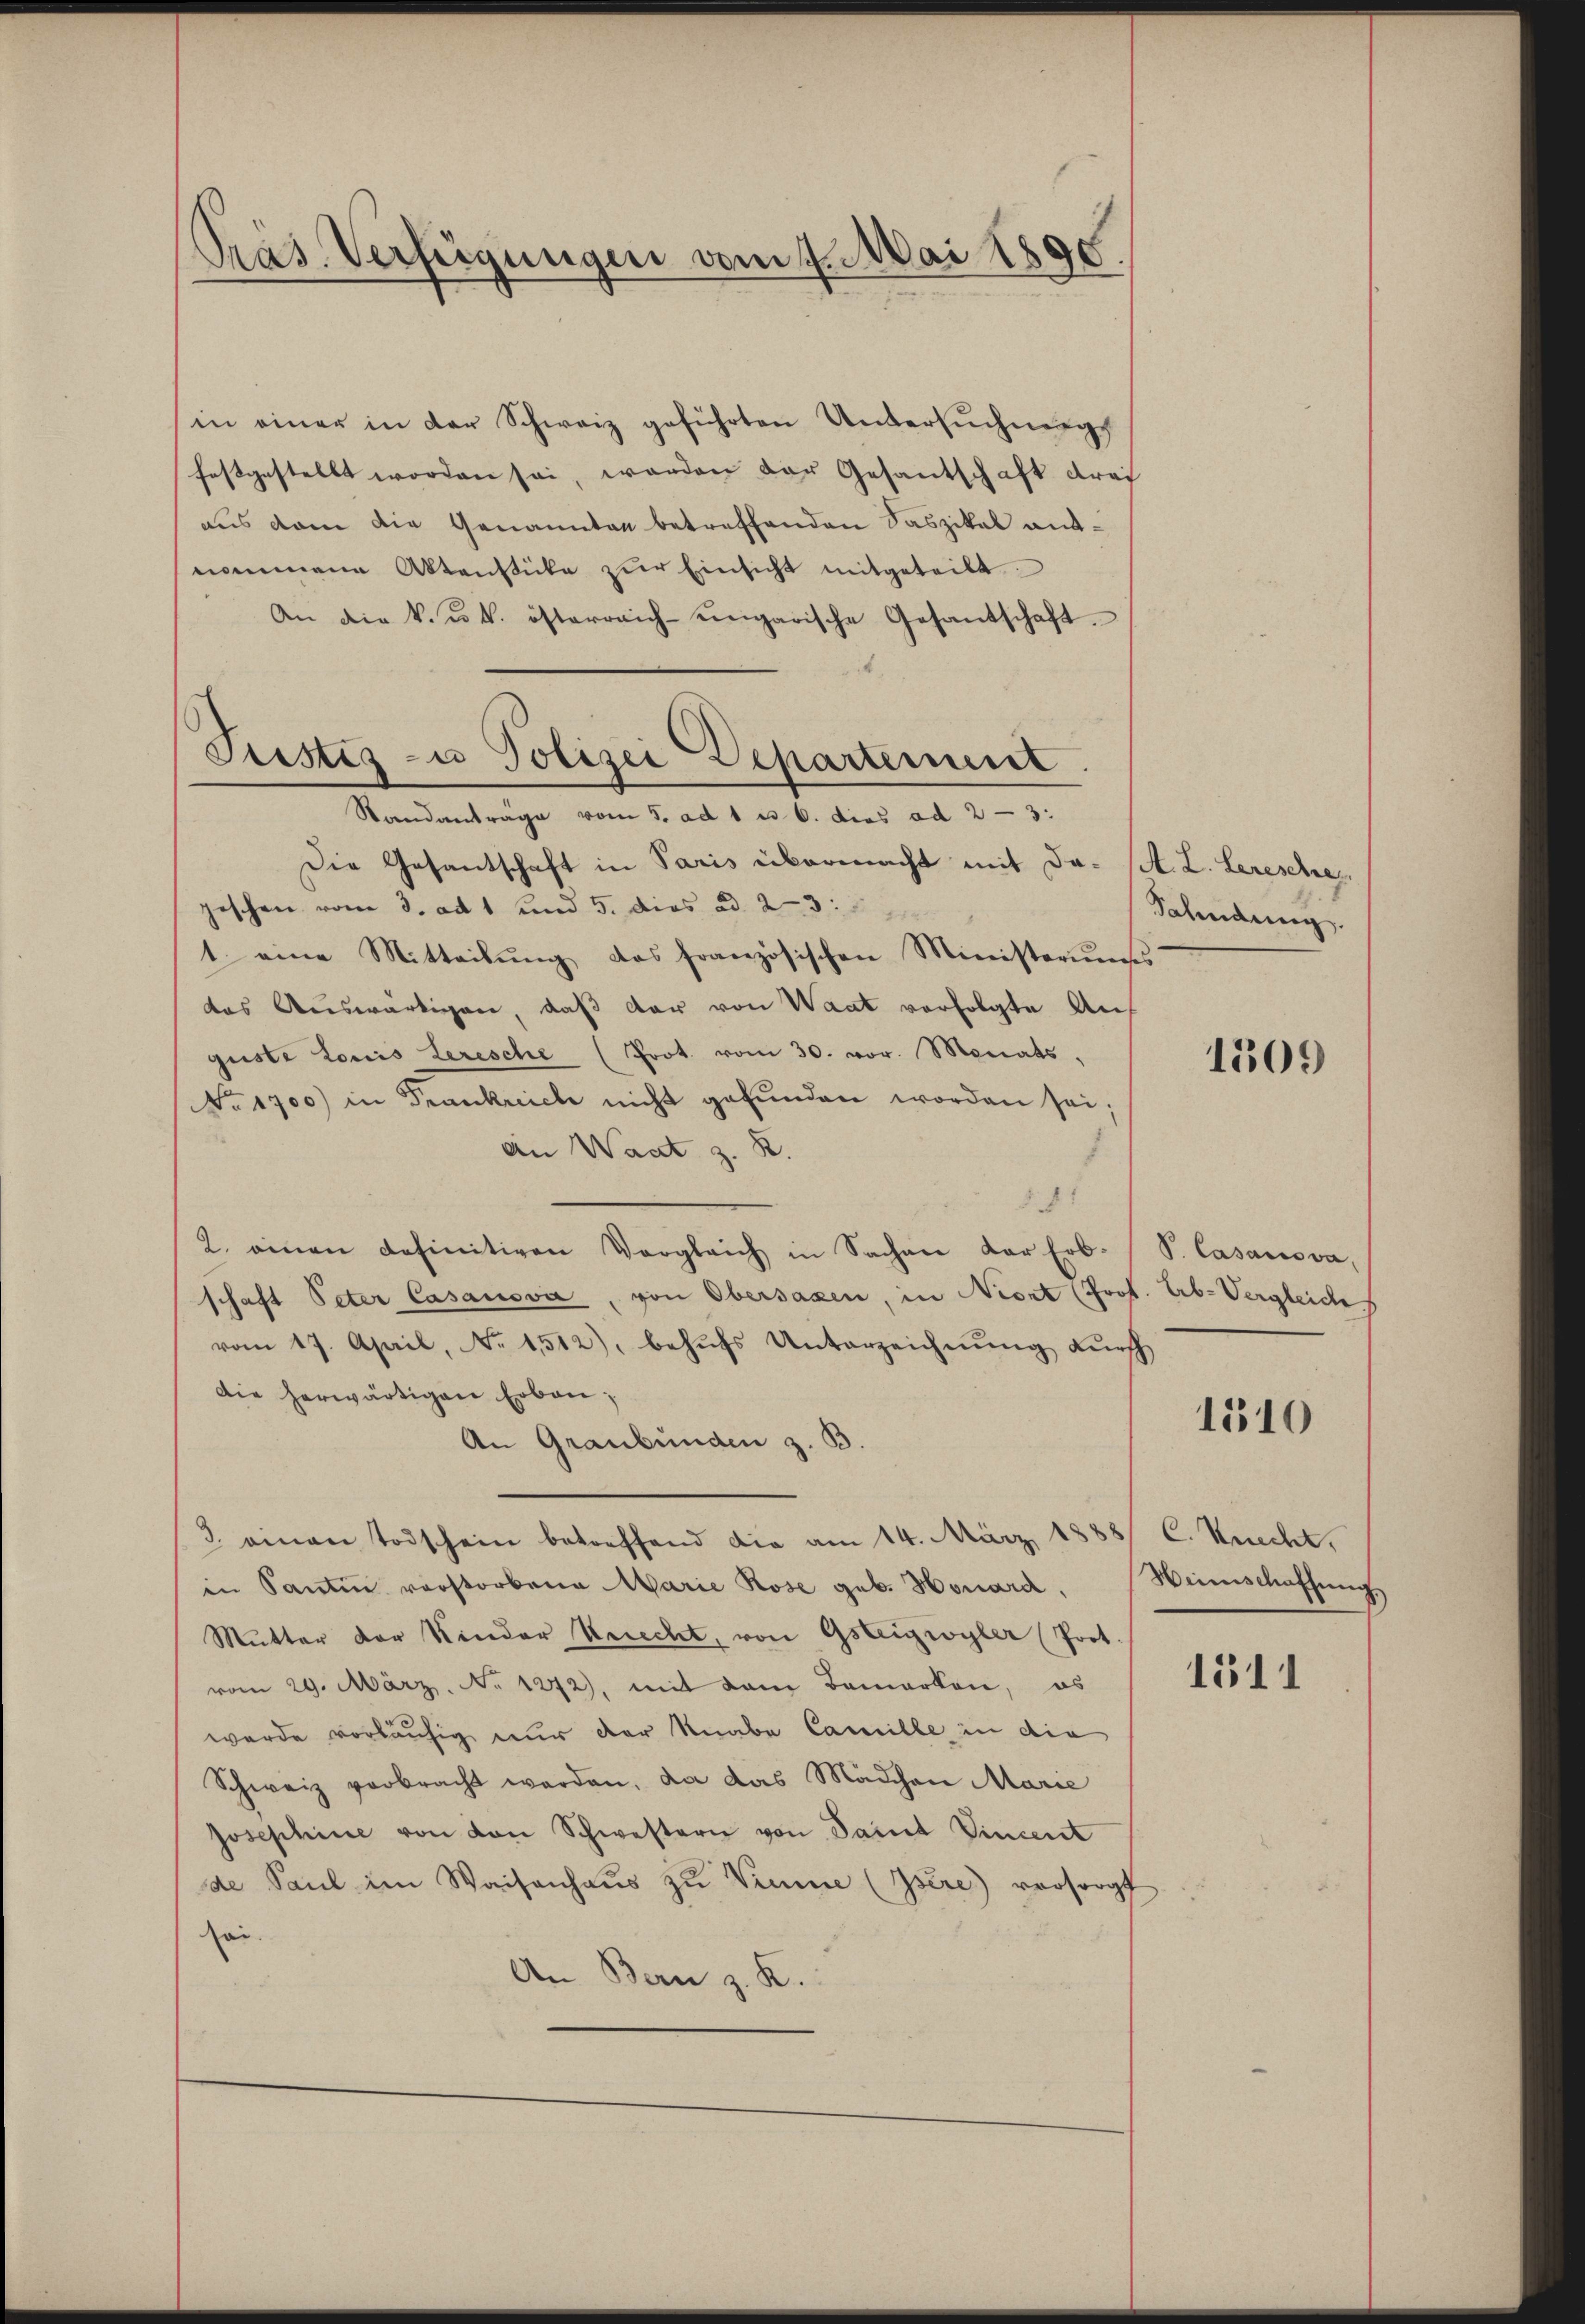
Präs. Verfügungen vom 1. Mai 1890.

in einer in der Schweiz geführten Untersŭchnungs
festgestellt worden sei, worden der Gesantschaft drei
aus dem die Genannten betreffenden Saszikal antnommene Aktenstücke zŭr Einsicht mitgeteilt.
An die k. u. k. österreich-ungarische Gesantschaft.
Pustes- u Polizei Departement

Standanträge vom 5. ad 1 u 6. dies ad 2—3:

Die Gesantschaft in Paris übermacht mit Dageschen vom 3. ad 1 und 5. dies ad 23
1 eine Mitteilung des französischen Ministerimss
das Auswärtigen, daß der von Waat verfolgte Anguste Louis Leresche (Prot. vom 30. vor. Monats,
NNo. 1700) in Trankreich nicht gefŭnden worden sei;
An Waat z. B.
141
2. einen definitiven Vergleich in Sachen der Erb-
schaft Peter Casanova, von Obersaxen, in Neort (Prof. Erb- Vergleich
vom 17. April, No. 1512), behŭfs Unterzeichnung durch
die herwärtigen Erben,
An Graubünden z. B.
3. einen Todschein betreffend die am 14. März 1
in Santin vorstorbene Marie Rose geb. Honard,
Mutter der Kinder Kerecht, von Gsteigwyler (Poot.
vom 29. März. No 1272), mit dem Bemerken, es
werde vorläufig nur der Knabe Camille in die
Schweiz verbracht werden, da das Mädchen Marie
Josephine von von Schwestern von Saint Vincent
de Paŭl im Waisenhaŭs zŭ Viume (Isére) versorgt
ei.
An Bern z. K.

A. L. Cereschre
Sahndung

1309

V. Casanova,

1510

C. Knecht,
Winnschaffung,

1511